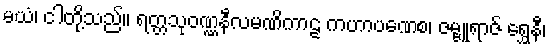
မယံ၊ ငါတို့သည်။ ရတ္တသုဝဏ္ဏနီလမဏိကာဠ ကဟာပဏေစ၊ ဇမ္ဗူရာဇ် ရွှေနီ၊